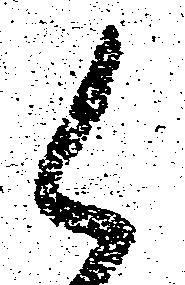
候